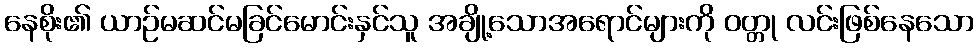
နေစိုး၏ ယာဉ်မဆင်မခြင်မောင်းနှင်သူ အချို့သောအရောင်များကို ဝတ္တု လင်းဖြစ်နေသော